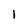
Character: 1